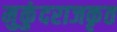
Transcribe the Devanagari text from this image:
मुकुंदराजकृत